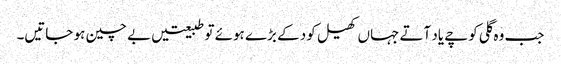
جب وہ گلی کوچے یاد آتے جہاں کھیل کود کے بڑے ہوئے تو طبیعتیں بے چین ہو جاتیں۔